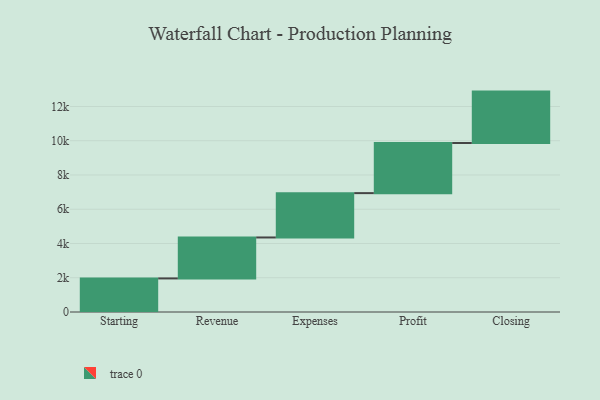
{"axis": {"x": "Step", "y": "Value"}, "legend": [""], "data": [{"x": "Starting", "y": 1961.0, "type": ""}, {"x": "Revenue", "y": 2391.0, "type": ""}, {"x": "Expenses", "y": 2589.0, "type": ""}, {"x": "Profit", "y": 2929.0, "type": ""}, {"x": "Closing", "y": 3000, "type": ""}]}